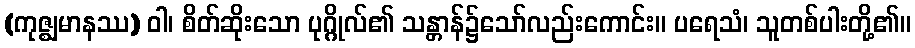
(ကုဇ္ဈမာနဿ) ဝါ၊ စိတ်ဆိုးသော ပုဂ္ဂိုလ်၏ သန္တာန်၌သော်လည်းကောင်း။ ပရေသံ၊ သူတစ်ပါးတို့၏။